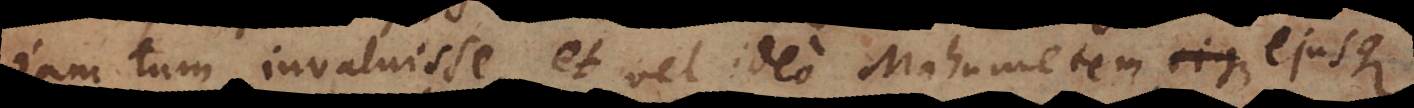
jam tum invaluisse, et vel ideo Mahometem ejusque